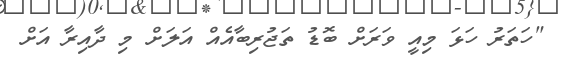
"ހަތަރު ހަޅަ މިއީ ވަރަށް ބޮޑު ތަޖުރިބާއެއް އަލަށް މި ދާއިރާ އަށް